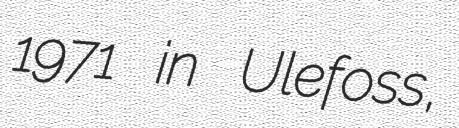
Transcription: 1971 in Ulefoss,